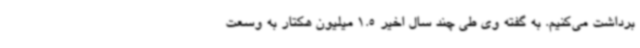
برداشت می‌کنیم. به گفته وی طی چند سال اخیر 1.5 میلیون هکتار به وسعت